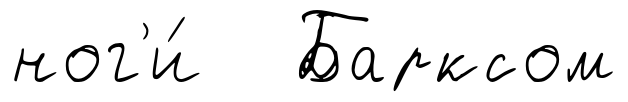
ног'и́ Барксом